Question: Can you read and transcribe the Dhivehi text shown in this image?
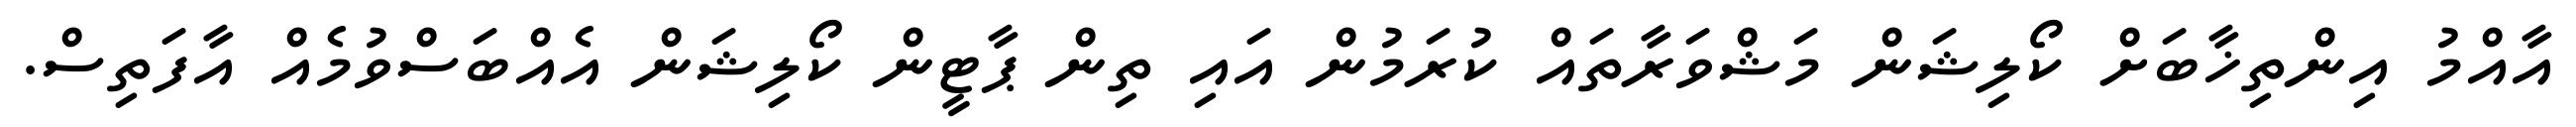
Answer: އާއްމު އިންތިޚާބަށް ކޯލިޝަން މަޝްވަރާތައް ކުރަމުން އައި ތިން ޕާޓީން ކޯލިޝަން އެއްބަސްވުމެއް އާފަތިސް.